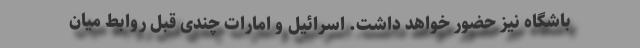
باشگاه نیز حضور خواهد داشت. اسرائیل و امارات چندی قبل روابط میان